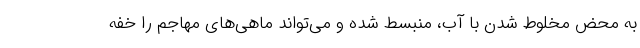
به محض مخلوط شدن با آب، منبسط شده و می‌تواند ماهی‌های مهاجم را خفه